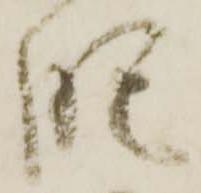
肥